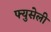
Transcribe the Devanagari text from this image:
फ्युसेली